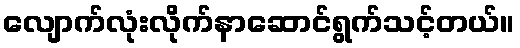
လျောက်လုံးလိုက်နာဆောင်ရွက်သင့်တယ်။